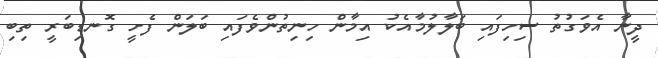
ދީނާ އެވަގުތު ސިހިފައި ބަލާލުމާއެކު އިމާން ހިނިތުންވެފައި ބަލަން ފެށީ ގޮނޑިބަރީ ތިބި